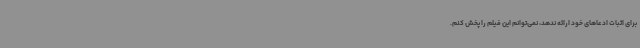
برای اثبات ادعاهای خود ارائه ندهد، نمی‌توانم این فیلم را پخش کنم.